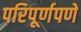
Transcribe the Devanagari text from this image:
परिपूर्णपणे